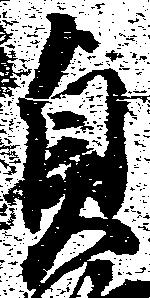
貞